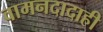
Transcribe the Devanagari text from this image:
वामनदादाही